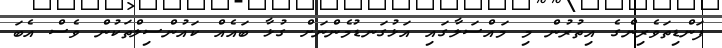
ފަންޑިތަވެރިންގެ އިތުރުން މި މައްސަލާގައި އަޅުގަނޑުމެންނަށް ގުޅާ ބައެއް ކައުންސިލްތަކުން ވެސް އެބަ